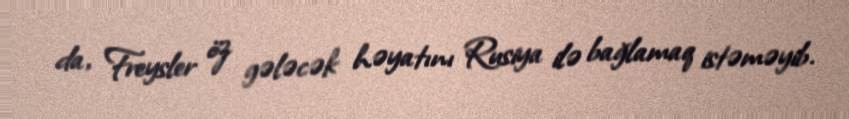
da, Freysler öz gələcək həyatını Rusiya ilə bağlamaq istəməyib.